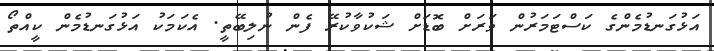
އަޅުގަނޑުމެންގެ ކަސްޓަމަރުން ވަރަށް ބޮޑަށް ޝަކުވާކުރޭ ފެން ނުލިބޭތީ. އެކަމަކު އަޅުގަނޑުމެން ކީއްތޯ